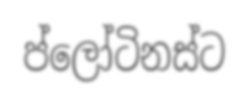
ප්ලෝටිනස්ට